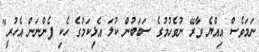
ނަމަވެސް އިއްޔެ ވާރޭ ނުވެހުމުގެ ސަބަބުން ކުލަ އެޅިކަމުގެ ހެކި ފެންނަން އެހުރީ"